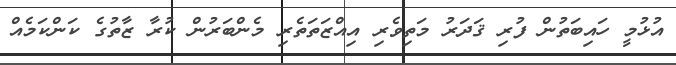
އުޅުމީ ހައިބަތުން ފުރި ޤަދަރު މަތިވެރި އިއްޒަތަތެރި މެންބަރުން ކުރާ ޒާތުގެ ކަންކަމެއް